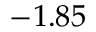
- 1 . 8 5